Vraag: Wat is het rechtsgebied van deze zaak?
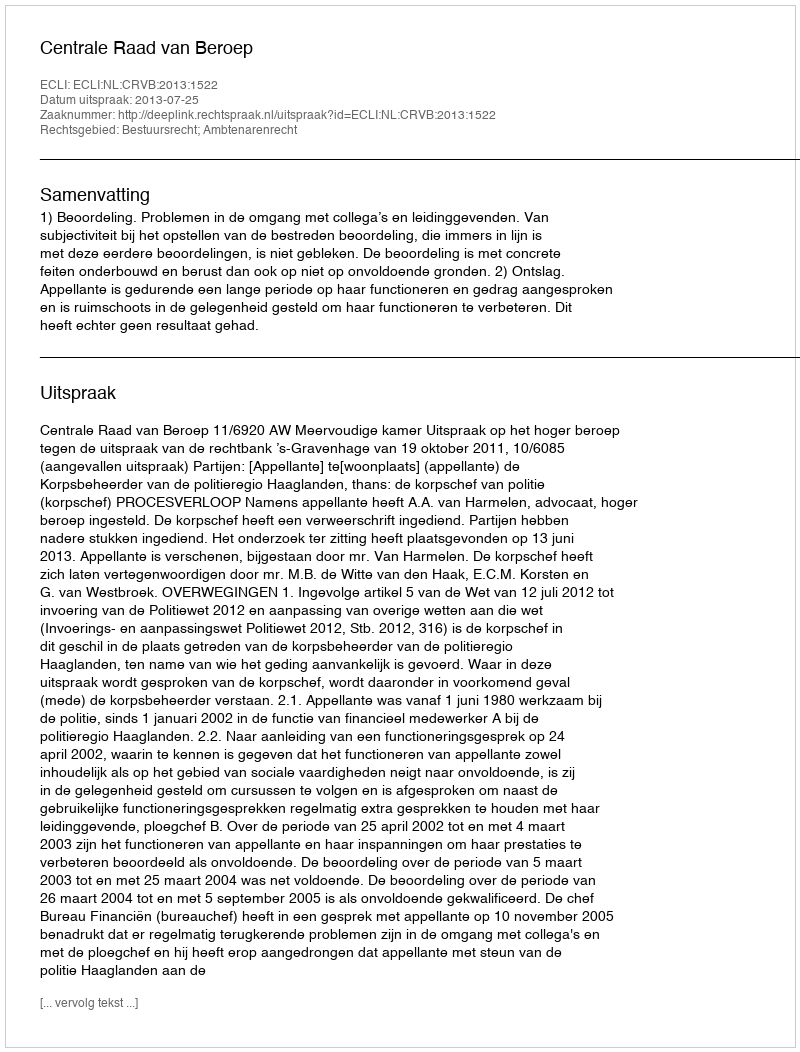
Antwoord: Bestuursrecht; Ambtenarenrecht